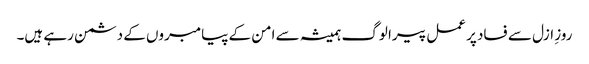
روزِ ازل سے فساد پر عمل پیرا لوگ ہمیشہ سے امن کے پیامبروں کے دشمن رہے ہیں۔